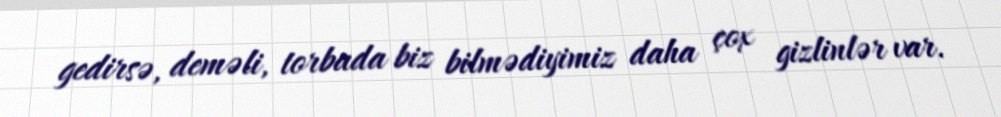
gedirsə, deməli, torbada biz bilmədiyimiz daha çox gizlinlər var.